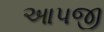
આપજી